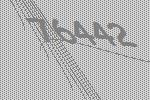
76442